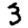
Digit: 3